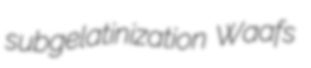
subgelatinization Waafs